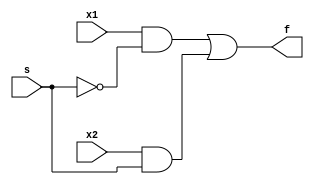
`timescale 1ns / 1ps
//////////////////////////////////////////////////////////////////////////////////
// Company: 
// Engineer: 
// 
// Design Name: 
// Module Name: mux_2x1_gate
// Project Name: 
// Target Devices: 
// Tool Versions: 
// Description: 
// 
// Dependencies: 
// 
// Revision:
// Revision 0.01 - File Created
// Additional Comments:
// 
//////////////////////////////////////////////////////////////////////////////////


module mux_2x1_gate(
    input x1, x2, s,
    output f
    );
    
    and A1 (g1, x2, s);
    and A0 (g0, x1, ~s);
    or O0 (f, g0, g1);
    
endmodule